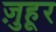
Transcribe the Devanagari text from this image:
ज़ुहूर